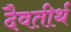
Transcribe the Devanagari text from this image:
दैवतीर्थ